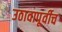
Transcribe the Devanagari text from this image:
उठावापूर्वीच